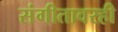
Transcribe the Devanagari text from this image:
संगीतावरही